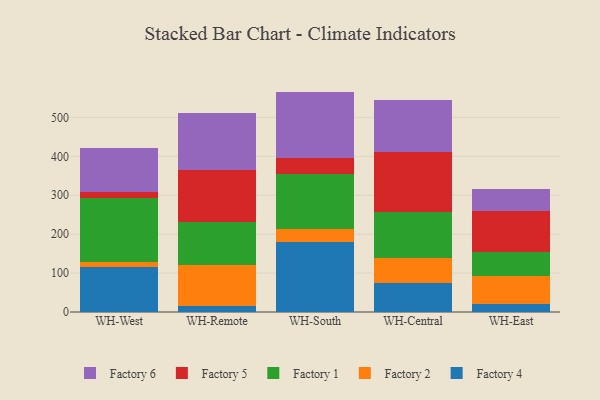
{"axis": {"x": "Warehouse", "y": "Churn Rate (%)"}, "legend": ["Factory 1", "Factory 2", "Factory 4", "Factory 5", "Factory 6"], "data": [{"x": "WH-West", "y": 116.6, "type": "Factory 4"}, {"x": "WH-West", "y": 13.2, "type": "Factory 2"}, {"x": "WH-West", "y": 162.5, "type": "Factory 1"}, {"x": "WH-West", "y": 17.0, "type": "Factory 5"}, {"x": "WH-West", "y": 112.4, "type": "Factory 6"}, {"x": "WH-Remote", "y": 14.8, "type": "Factory 4"}, {"x": "WH-Remote", "y": 106.5, "type": "Factory 2"}, {"x": "WH-Remote", "y": 110.0, "type": "Factory 1"}, {"x": "WH-Remote", "y": 132.7, "type": "Factory 5"}, {"x": "WH-Remote", "y": 146.6, "type": "Factory 6"}, {"x": "WH-South", "y": 179.4, "type": "Factory 4"}, {"x": "WH-South", "y": 34.3, "type": "Factory 2"}, {"x": "WH-South", "y": 141.2, "type": "Factory 1"}, {"x": "WH-South", "y": 40.1, "type": "Factory 5"}, {"x": "WH-South", "y": 171.5, "type": "Factory 6"}, {"x": "WH-Central", "y": 74.4, "type": "Factory 4"}, {"x": "WH-Central", "y": 65.3, "type": "Factory 2"}, {"x": "WH-Central", "y": 116.7, "type": "Factory 1"}, {"x": "WH-Central", "y": 153.8, "type": "Factory 5"}, {"x": "WH-Central", "y": 134.6, "type": "Factory 6"}, {"x": "WH-East", "y": 21.1, "type": "Factory 4"}, {"x": "WH-East", "y": 70.3, "type": "Factory 2"}, {"x": "WH-East", "y": 61.6, "type": "Factory 1"}, {"x": "WH-East", "y": 105.9, "type": "Factory 5"}, {"x": "WH-East", "y": 56.2, "type": "Factory 6"}]}